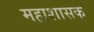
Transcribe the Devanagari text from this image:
महाशासक